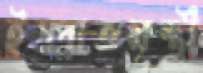
ইস্পাতমন্ত্রী